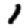
Digit: 1